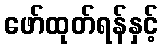
ဖော်ထုတ်ရန်နှင့်